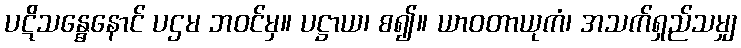
ပဋိသန္ဓေနောင် ပဌမ ဘဝင်မှ။ ပဋ္ဌာယ၊ စ၍။ ယာဝတာယုကံ၊ အသက်ရှည်သမျှ